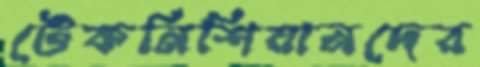
টেকনিশিয়ানদের